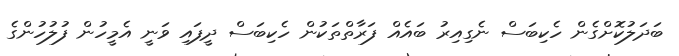
ބަދަލުކޮށްގެން ހެކިބަސް ނެގިއިރު ބައެއް ފަރާތްތަކުން ހެކިބަސް ދީފައި ވަނީ އެމީހުން ފުލުހުންގެ